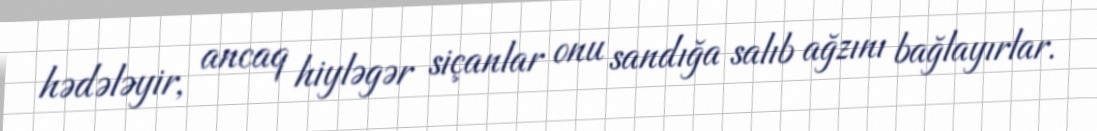
hədələyir, ancaq hiyləgər siçanlar onu sandığa salıb ağzını bağlayırlar.